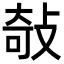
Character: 敧